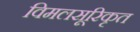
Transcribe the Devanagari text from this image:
विमलसूरिकृत